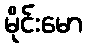
မိုင်းမော